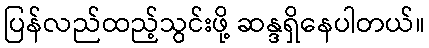
ပြန်လည်ထည့်သွင်းဖို့ ဆန္ဒရှိနေပါတယ်။